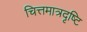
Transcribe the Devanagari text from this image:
चित्तमात्रदृष्टि